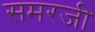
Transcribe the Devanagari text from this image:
समरजी